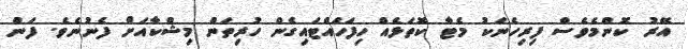
އޭރު ކޮންމެވެސް ފިރިހެނަކު މެޓާ ކޮތަޅެއް ހިފަހައްޓައިގެން ހުރިތަން މިޝްކާއަށް ފެނުނެވެ. ފަން